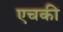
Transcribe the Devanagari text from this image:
एचकी